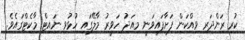
ކުރި ރަންދަރި ވިއްކަން ފަށާފައިވަނީ މިއަދު ހަވީރު މާލޭގައި ހުޅުވި ނައިޓް މާކެޓްގައެވެ.